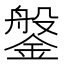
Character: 鎜